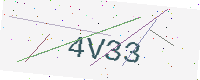
Text: 4V33